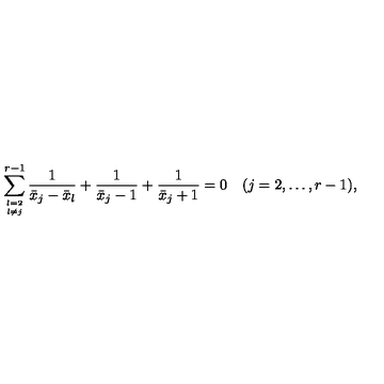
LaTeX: \sum _ { l = 2 \atop l \ne j } ^ { r - 1 } { \frac { 1 } { \bar { x } _ { j } - \bar { x } _ { l } } } + { \frac { 1 } { \bar { x } _ { j } - 1 } } + { \frac { 1 } { \bar { x } _ { j } + 1 } } = 0 \quad ( j = 2 , \ldots , r - 1 ) ,